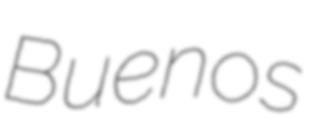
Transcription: Buenos